Report of the Hyderabad Chloroform Commission
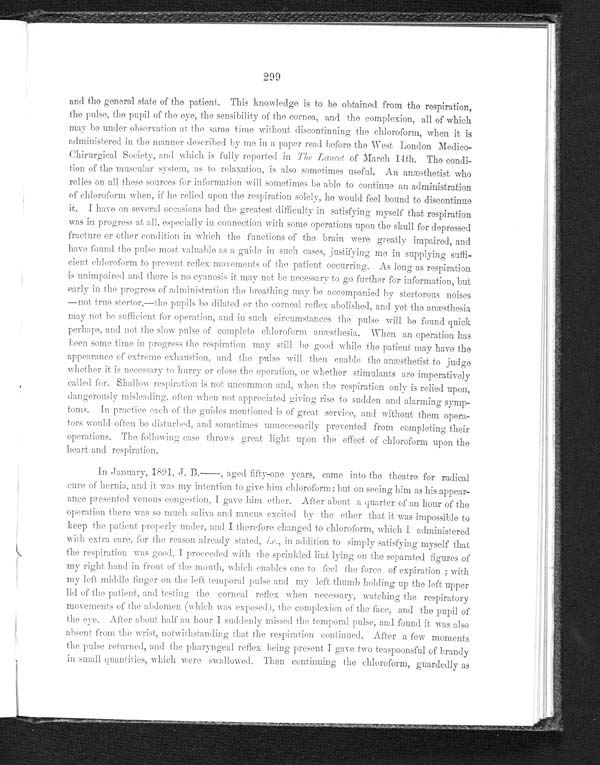
299
and t he general st at e of t he pat i ent . Thi s knowl edge i s t o be obt ai ned from t he respi rat i on,
the pulse, the pupil of the eye, the sensibility of the cornea, and the complexion, all of which
may be under observation at the same time without discontinuing the chloroform, when it is
administered in the manner described by me in a paper read before the West London Medico--
Chirurgical Society, and which is fully reported in The Lancet of March 14th. The condi--
tion of the muscular system, as to relaxation , is also sometimes useful. An anæsthetist who
relies on all these sources for information will sometimes be able to continue an administration
of chloroform when, if he relied upon the respiration solely, he would feel bound to discontinue
it. I have on several occasions had the greatest. difficulty in satisfying myself that respiration
was in progress at all, especially in connection with some operations upon the skull for depressed
fracture or other condition in which the functions of the brain were greatly impaired, and
have found the pulse most valuable as a guide in such cases, justifying me in supplying suffi--
cient chloroform to prevent reflex movements of the patient occurring. As long as respiration
is unimpaired and there is no cyanosis it may not be necessary to go further for information, but
early in the progress of administration the breathing may be accompanied by stertorous noises
—not true stertor,—the pupils be dilated or the corneal reflex abolished, and yet the anæsthesia
may not be sufficient for operation, and in such circumstances the pulse will be found quick
perhaps, and not the slow pulse of complete chloroform anæsthesia. When an operation has
been some time in progress the respiration may still be good while the patient may have the
appearance of extreme exhaustion, and the pulse will then enable the anæsthetist to judge
whether it is necessary to hurry or close the operation, or whether stimulants are imperatively
called for. Shallow respiration is not uncommon and, when the respiration only is relied upon,
dangerously misleading, often when not appreciated giving rise to sudden and alarming symp--
toms. In practice each of the guides mentioned is of great service, and without them opera--
tors would often be disturbed, and sometimes unnecessarily prevented from completing their
operations. The following case throws great light upon the effect of chloroform upon the
heart and respiration.
In January, 1891, J. B.—, aged fifty-one years, came into the theatre for radical
cure of hernia, and it was my intention to give him chloroform; but on seeing him as his appear--
ance presented venous congestion, I gave him ether. After about a quarter of an hour of the
operation there was so much saliva and mucus excited by the ether that it was impossible to
keep the patient properly under, and I therefore changed to chloroform, which I administered
with extra care, for the reason already stated, i.e ., in addition to simply satisfying myself that
the respiration was good, I proceeded with the sprinkled lint lying on the separated figures of
my right, hand in front of the mouth, which enables one to feel the force of expiration; with
my left middle linger on the left temporal pulse and my left thumb holding up the left upper
lid of the patient, and testing the corneal reflex when necessary, watching the respiratory
movements of the abdomen (which was exposed), the complexion of the face, and the pupil of
the eye. After about half an hour I suddenly missed the temporal pulse, and found it was also
absent from the wrist, notwithstanding that the respiration continued. After a few moments
the pulse returned, and the pharyngeal reflex being present I gave two teaspoonsful of brandy
in small quantities, which were swallowed. Then continuing the chloroform, guardedly as